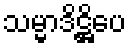
သမ္မာဒိဋ္ဌိပေ